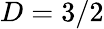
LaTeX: D=3/2